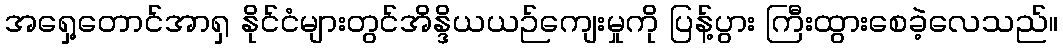
အရှေ့တောင်အာရှ နိုင်ငံများတွင်အိန္ဒိယယဉ်ကျေးမှုကို ပြန့်ပွား ကြီးထွားစေခဲ့လေသည်။